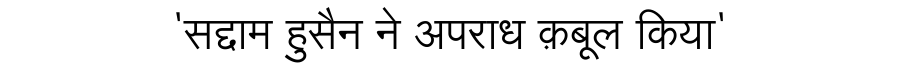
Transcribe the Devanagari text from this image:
'सद्दाम हुसैन ने अपराध क़बूल किया'